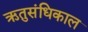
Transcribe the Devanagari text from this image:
ऋतुसंधिकाल